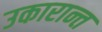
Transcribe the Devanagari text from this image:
उकारान्त